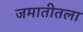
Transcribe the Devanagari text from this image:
जमातीतला